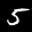
Label: 5